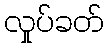
လှုပ်ခတ်